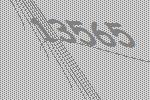
13565